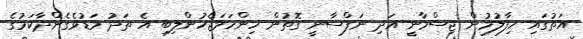
އަތުގައި ހިފާލުމުން ޖިސްމާނީ އަދި ނަފްސާނީ ގޮތުން ހިންހަމަޖެހުންލިބި އެ ތަދު މަޑުވެގެންދާކަމުގެ